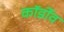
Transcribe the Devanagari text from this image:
कॉर्डोव